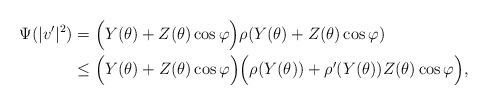
LaTeX: \begin{align*}\Psi(|v'|^2) &= \Big (Y(\theta) + Z(\theta)\cos \varphi \Big ) \rho(Y(\theta) + Z(\theta)\cos \varphi)\\& \le \Big (Y(\theta) + Z(\theta)\cos \varphi \Big )\Big( \rho(Y(\theta)) + \rho'(Y(\theta) )Z(\theta) \cos \varphi \Big),\end{align*}